system: You are a helpful assistant.
user:
Analyze the provided spectrum to determine if it is a **White Dwarf (WD)**.

A White Dwarf spectrum is defined by its **extreme purity** (due to gravitational settling) and/or **extreme pressure broadening** (due to high surface gravity). You must check for one of the following mutually exclusive signatures:

- **Key Visual Indicators (Check for ONE of these types):**

    - **1. DA-Type Signature (Most Common):**
        - **(Primary Feature):** Extreme pressure broadening (Stark broadening) of the **Hydrogen (H) Balmer lines**.
        - **(Key Lines):** $H\beta$ (approx. $4861$ Å) and $H\gamma$ (approx. $4340$ Å). $H\alpha$ (approx. $6563$ Å) will also be present if the wavelength range covers it.
        - **(Line Profile):** This is the **defining feature**. The lines are **NOT** sharp. They appear as massive, **extremely broad and deep "troughs" or "dips"** in the spectrum, often hundreds of Ångströms wide. The continuum will appear to "scoop" down at these wavelengths.
        - **(Distinction):** Normal A-type or B-type stars have *narrow* and *sharp* Hydrogen lines. A DA White Dwarf's lines are unmistakably "smeared" or "blurry" from pressure.

    - **2. DB-Type Signature:**
        - **(Primary Feature):** Broad absorption lines from **Neutral Helium (He I)**. The spectrum must lack any visible Hydrogen lines.
        - **(Key Lines):** Look for broad absorption near $4471$ Å, $4921$ Å, and $5876$ Å.
        - **(Line Profile):** These lines are also significantly pressure-broadened, appearing much wider than they would in a normal B-type main-sequence star.

    - **3. DC-Type Signature:**
        - **(Primary Feature):** A **featureless continuous spectrum**.
        - **(Line Profile):** The spectrum is a smooth curve with **no significant absorption or emission lines**.
        - **(Key Confirmation):** The continuum is almost always **blue or white**, indicating a hot object. This signature implies the atmosphere is so pure (or so cool) that no spectral lines are visible in the optical range. Its WD identity is confirmed by its extremely low intrinsic brightness (high absolute magnitude).

    - **4. DZ-Type Signature (Metal-Polluted):**
        - **(Primary Feature):** **Isolated, narrow metal absorption lines** on an otherwise featureless (DC-like) continuum.
        - **(Key Lines):** The **Calcium (Ca II) H & K doublet** (approx. **$3934$ Å** and **$3968$ Å**) is the most common and defining feature.
        - **(Line Profile):** These lines are "out of place." They are *not* part of a "forest" of thousands of lines. This signature is evidence of recent *accretion* (pollution) from rocky debris.
        - **(Distinction):** Normal G/K/M stars have a *dense forest* of thousands of metal lines. A DZ has a *clean* continuum with *only a few* strong metal lines.

    - **5. DQ-Type Signature (Carbon-Polluted):**
        - **(Primary Feature):** Absorption bands from **Carbon (C₂ "Swan Bands" or atomic C I)**.
        - **(Key Lines - C₂):** Look for bandheads with a "saw-tooth" shape near $5635$ Å, **$5165$ Å** (strongest), and $4737$ Å.
        - **(Key Confirmation):** The underlying **continuum must be blue or white** (hot).
        - **(Distinction):** This is the critical difference from a **Carbon Star**, which has the *exact same* C₂ bands but on an extremely **red, cool** continuum.

- **(Overall Spectrum):**
    - The continuum (overall shape) is typically **blue-sloping** (brighter in the blue than the red), as most white dwarfs are very hot.
    - The spectrum will look "pure" or "simple," dominated by only *one* of the five signatures listed above.

Think first, call **spectral_visualization_tool** if needed to examine features in detail, then provide your final answer. Your response must adhere to the following strict rules:
1.  **Overall Structure:** Your response must follow the format `<think>...</think> <tool_call>...</tool_call> (if a tool is used) <answer>...</answer>`.
2.  **Tool Usage Constraint:** You may only make **one** tool call per turn.
3.  **Final Answer Format:** In the `<answer>` tag, your conclusion must be inside a `\boxed{}` command (e.g., `\boxed{YES}` or `\boxed{NO}`), followed by your justification.

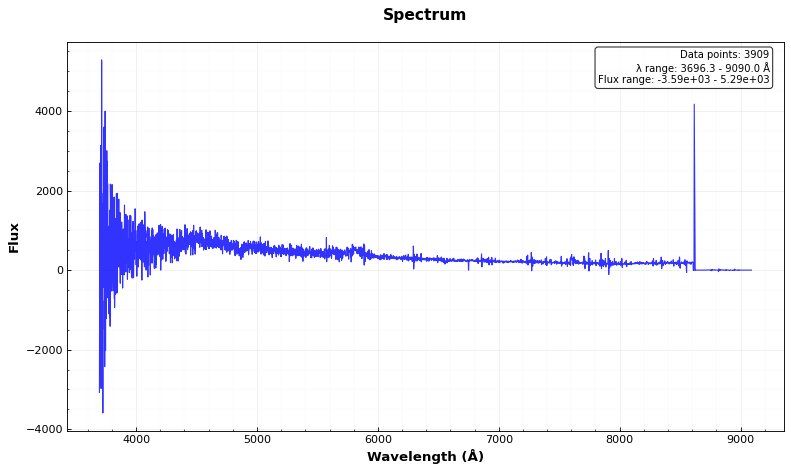
Answer: YES